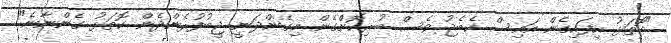
"ކޮތަޅު ހިފައިގެން އައިސް ކެބެޖު ވެސް ބުރިކޮށްގެން މިގެންދަނީ ޖީބުފުރެންދެން ކޮތަޅު ގެންނާނެ"